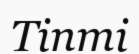
Тіпті